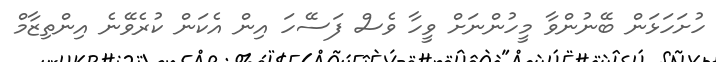
ހުށަހަޅަން ބޭނުންވާ މީހުންނަށް ވީހާ ވެސް ފަސޭހަ އިން އެކަން ކުރެވޭނެ އިންތިޒާމް